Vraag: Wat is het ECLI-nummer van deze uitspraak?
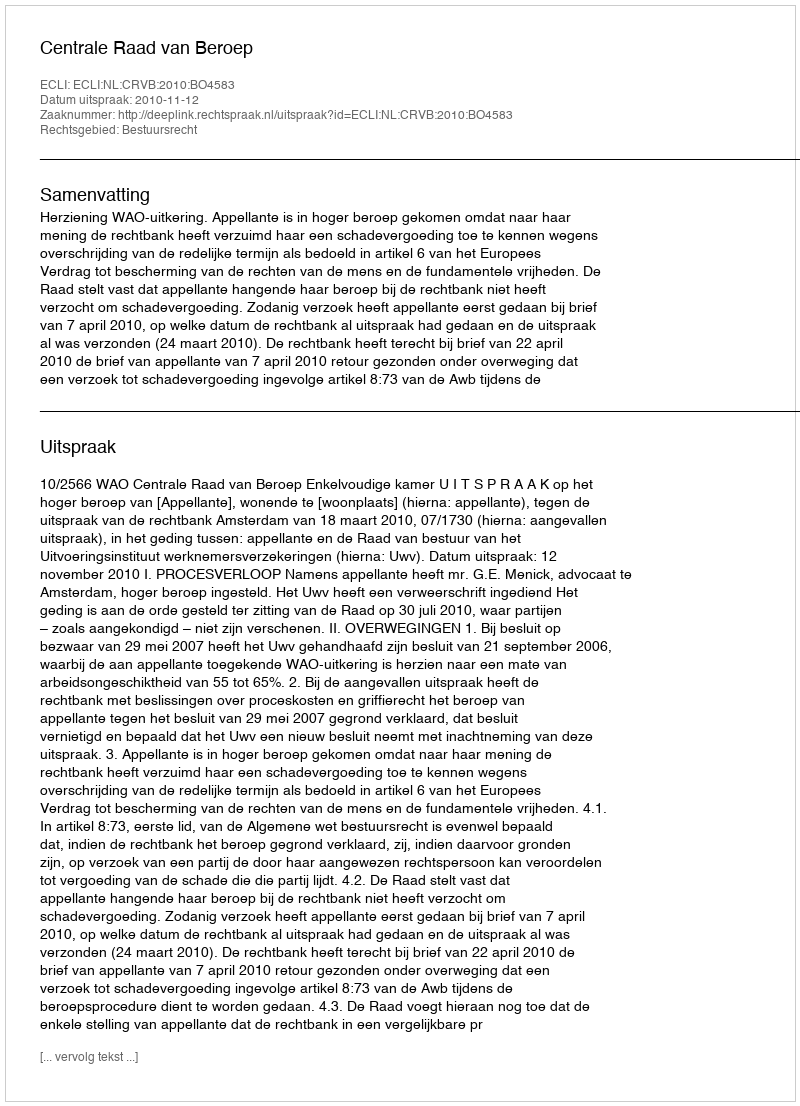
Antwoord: ECLI:NL:CRVB:2010:BO4583